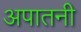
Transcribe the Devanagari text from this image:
अपातनी